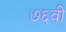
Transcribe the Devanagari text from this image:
७६वी